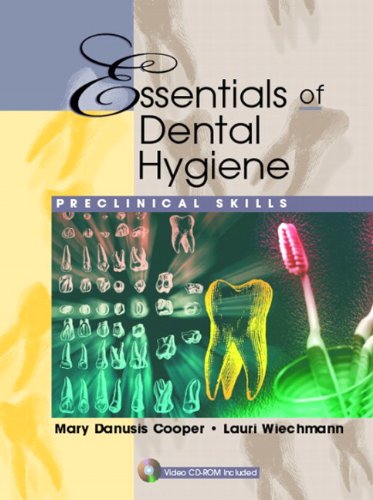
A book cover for Essentials of Dental Hygiene: Preclinical Skills; Mary Danusis Cooper RDH  MSEd; Medical Books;